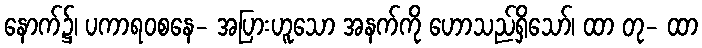
နောက်၌၊ ပကာရဝစနေ- အပြားဟူသော အနက်ကို ဟောသည်ရှိသော်၊ ထာ တု- ထာ